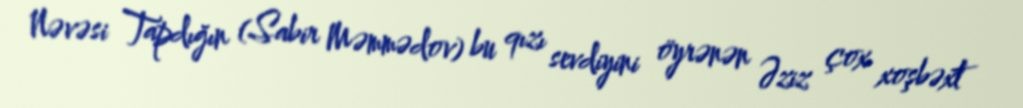
Nəvəsi Tapdığın (Sabir Məmmədov) bu qızı sevdiyini öyrənən Əziz çox xoşbəxt